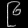
Digit: ၉